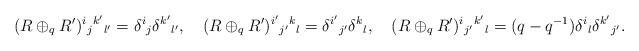
LaTeX: \begin{align*}(R\oplus_q R')\sp i{}_j{}\sp {k'}{}_{l'}=\delta\sp i{}_j\delta\sp{k'}{}_{l'},\quad(R\oplus_q R')\sp {i'}{}_{j'}{}\sp {k}{}_{l}=\delta\sp{i'}{}_{j'}\delta\sp{k}{}_{l},\quad (R\oplus_qR')\sp i{}_{j'}{}\sp {k'}{}_{l}=(q-q\sp {-1})\delta\sp i{}_l\delta\sp{k'}{}_{j'}.\end{align*}